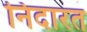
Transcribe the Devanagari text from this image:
निदारत